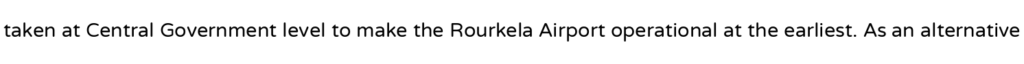
taken at Central Government level to make the Rourkela Airport operational at the earliest. As an alternative